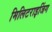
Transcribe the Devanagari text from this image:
मिलिटराइजिंग